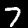
Digit: 7